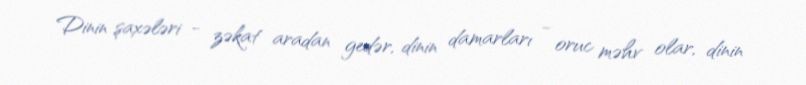
Dinin şaxələri - zəkat aradan gedər, dinin damarları - oruc məhv olar, dinin